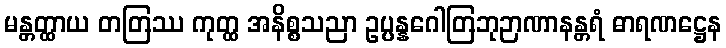
မန္တတ္ထာယ တတြဿ ကုတ္ထ အနိစ္စသညာ ဥပ္ပန္နဂေါတြဘုဉာဏာနန္တရံ ဓာရဏဋ္ဌေန